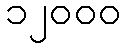
၁၂၀၀၀